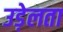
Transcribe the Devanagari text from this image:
उड़ेलता